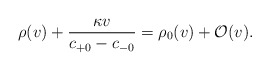
\begin{align*} \rho(v)+\frac{\kappa v}{c_{+0}-c_{-0}}=\rho_0(v)+\mathcal{O}(v).\end{align*}